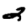
Digit: 2